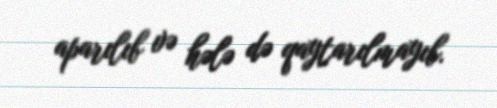
aparılıb və hələ də qaytarılmayıb.